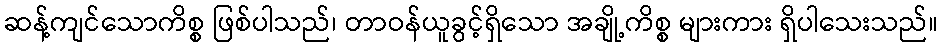
ဆန့်ကျင်သောကိစ္စ ဖြစ်ပါသည်၊ တာဝန်ယူခွင့်ရှိသော အချို့ကိစ္စ များကား ရှိပါသေးသည်။